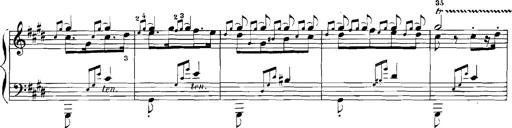
Title: Rhapsodies hongroises
Composer: Franz Liszt